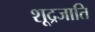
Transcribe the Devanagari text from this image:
शूद्रजाति